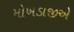
મોખડાજીએ